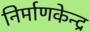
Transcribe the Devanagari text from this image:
निर्माणकेन्द्र